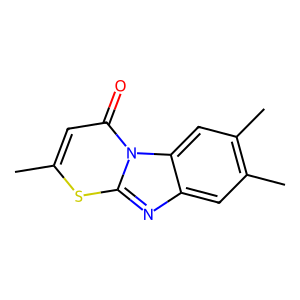
SMILES: Cc1cc(=O)n2c(nc3cc(C)c(C)cc32)s1
Inhibits HIV replication: No